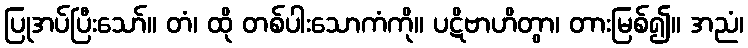
ပြုအပ်ပြီးသော်။ တံ၊ ထို တစ်ပါးသောကံကို။ ပဋိဗာဟိတွာ၊ တားမြစ်၍။ အညံ၊